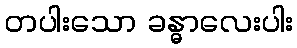
တပါးသော ခန္ဓာလေးပါး